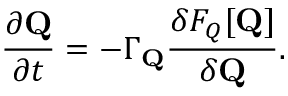
\frac { \partial { { \bf Q } } } { \partial t } = - \Gamma _ { { \bf Q } } \frac { \delta F _ { Q } [ \mathbf { Q } ] } { \delta { { \bf Q } } } .